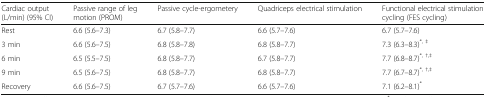
| Cardiac output(L/min) (95% CI) | Passive range of leg motion (PROM) | Passive cycle-ergometery | Quadriceps electrical stimulation | Functional electrical stimulation cycling (FES cycling) |
 | --- | --- | --- | --- | --- |
 | Rest | 6.6 (5.6–7.3) | 6.7 (5.8–7.7) | 6.6 (5.7–7.6) | 6.7 (5.7–7.6) |
 | 3 min | 6.6 (5.6–7.5) | 6.8 (5.8–7.8) | 6.8 (5.8–7.7) | 7.3 (6.3–8.3)*, ‡ |
 | 6 min | 6.5 (5.5–7.5) | 6.8 (5.8–7.7) | 6.7 (5.8–7.7) | 7.7 (6.8–8.7)*, †,‡ |
 | 9 min | 6.5 (5.6–7.5) | 6.8 (5.8–7.7) | 6.8 (5.8–7.7) | 7.7 (6.7–8.7)*, †,‡ |
 | Recovery | 6.6 (5.6–7.5) | 6.7 (5.7–7.6) | 6.6 (5.7–7.6) | 7.1 (6.2–8.1)* |